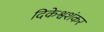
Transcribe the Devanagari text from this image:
दिकेश्वशंकर